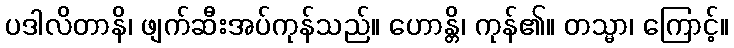
ပဒါလိတာနိ၊ ဖျက်ဆီးအပ်ကုန်သည်။ ဟောန္တိ၊ ကုန်၏။ တသ္မာ၊ ကြောင့်။